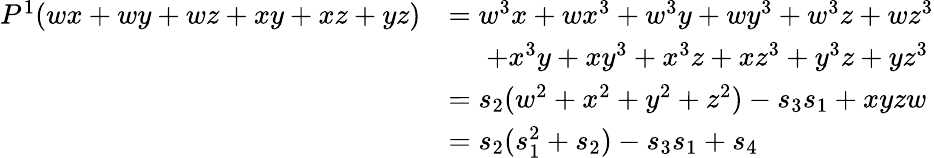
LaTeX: \begin{array}{rl}{P^{1}(wx+wy+wz+xy+xz+yz)}&{=w^{3}x+wx^{3}+w^{3}y+wy^{3}+w^{3}z+wz^{3}}\\ &{\, \, \, \, \, \, \, \, +x^{3}y+xy^{3}+x^{3}z+xz^{3}+y^{3}z+yz^{3}}\\ &{=s_{2}(w^{2}+x^{2}+y^{2}+z^{2})-s_{3}s_{1}+xyzw}\\ &{=s_{2}(s_{1}^{2}+s_{2})-s_{3}s_{1}+s_{4}}\end{array}